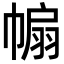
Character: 𢄒